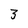
Character: 3